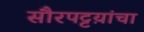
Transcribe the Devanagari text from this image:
सौरपट्टय़ांचा